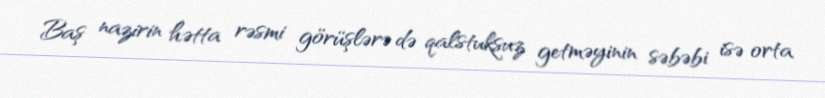
Baş nazirin hətta rəsmi görüşlərə də qalstuksuz getməyinin səbəbi isə orta